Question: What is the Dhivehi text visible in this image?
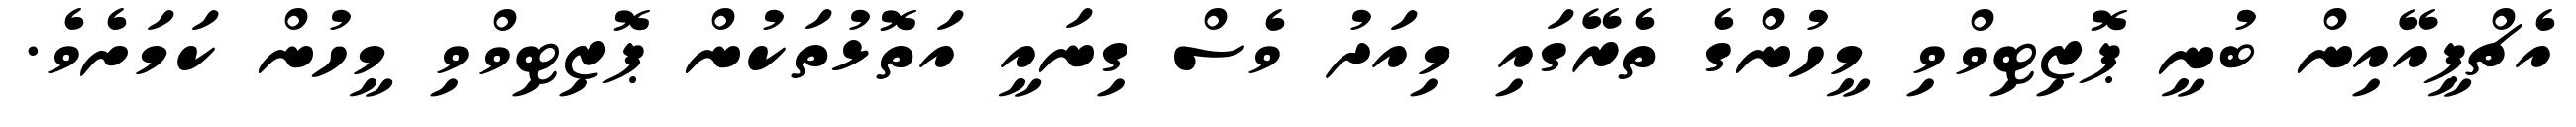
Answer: އެޗްޕީއޭއިން ބުނީ ޕޮޒިޓިވްވި މީހުންގެ ތެރޭގައި މިއަދު ވެސް ގިނައީ އަތޮޅުތަކުން ޕޮޒިޓިވްވި މީހުން ކަމަށެވެ.